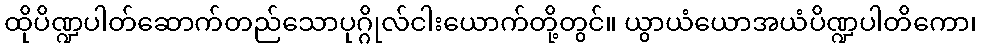
ထိုပိဏ္ဍပါတ်ဆောက်တည်သောပုဂ္ဂိုလ်ငါးယောက်တို့တွင်။ ယွာယံယောအယံပိဏ္ဍပါတိကော၊